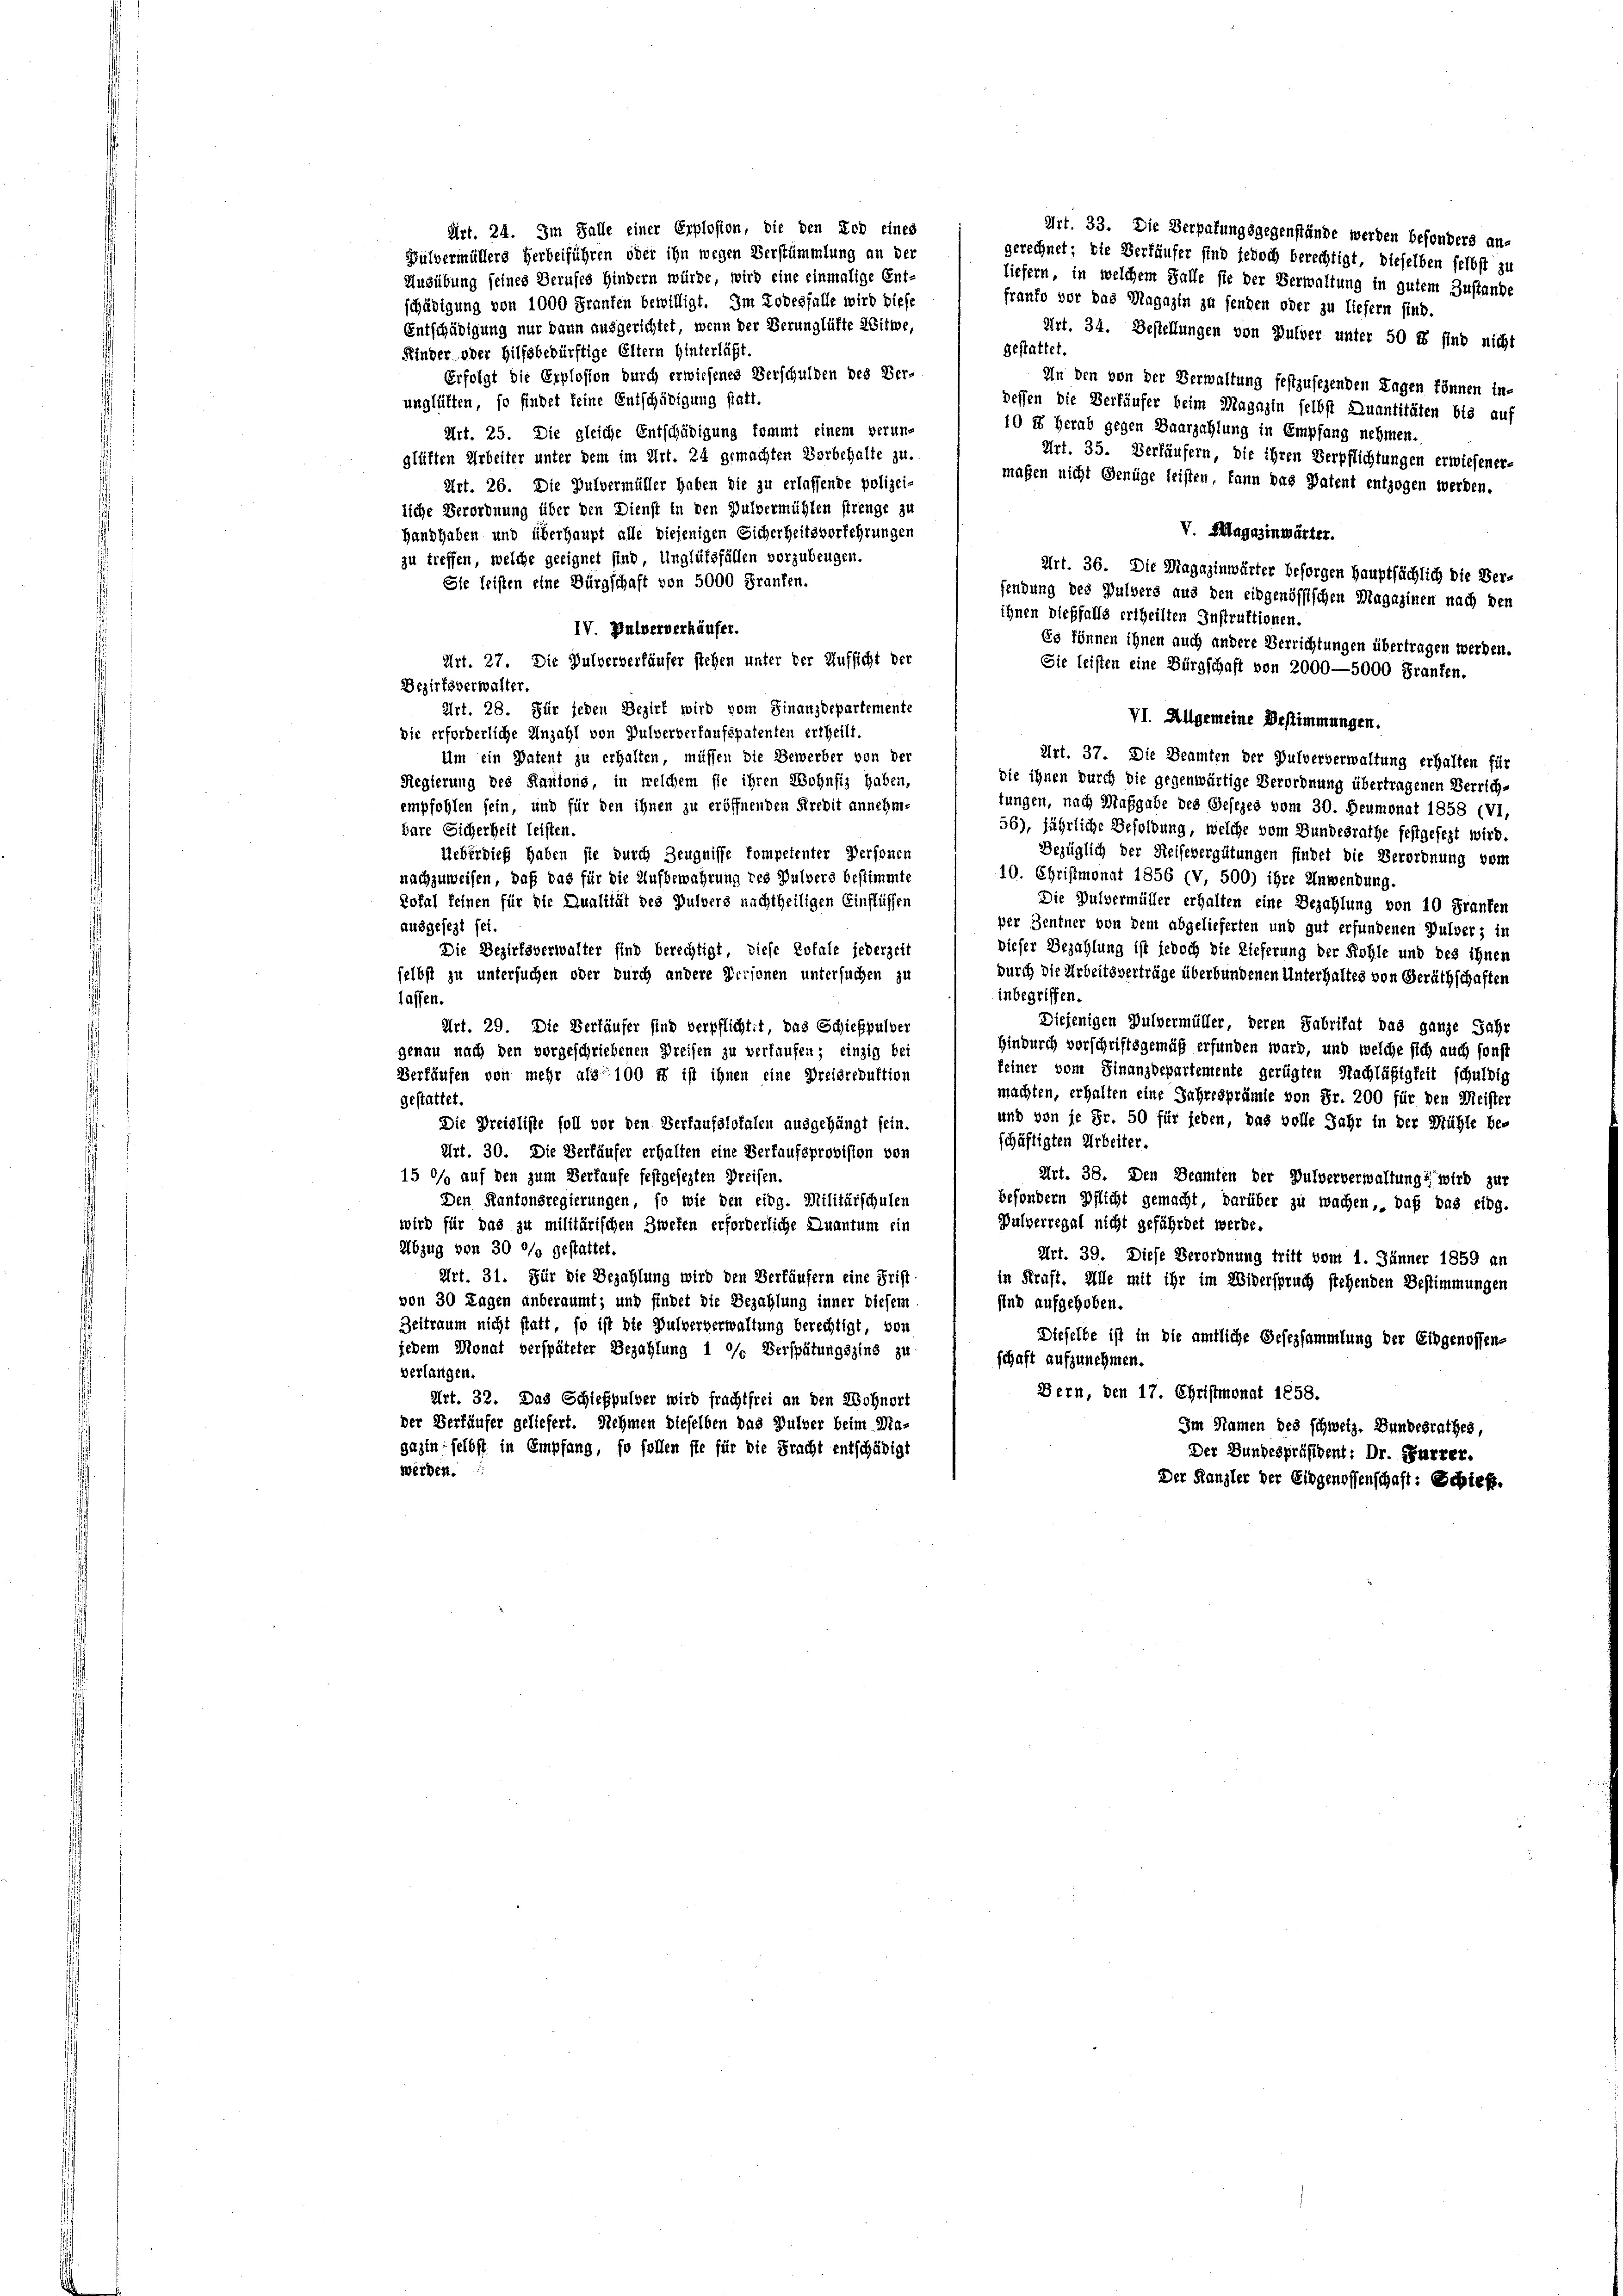
Art. 24. Im Falle einer Erplosion, die den Tod eines
Art. 33. Die Verpafungsgegenstände werden befonders an-
Pulvermüllers Herbeiführen oder ihn wegen Verstümmlung an der
gerechnet; die Verkäufer sind jedoch berechtigt, dieselben selbst zu
Ausübung seines Berufes hindern würde, wird eine einmalige Ent-
liefern, in welchem Falle sie der Verwaltung in gutem Zustande
franko vor das Magazin zu senden oder zu liefern sind.
schädigung von 1000 Franken bewilligt. Im Todesfalle wird diese
Entschädigung nur dann ausgerichtet, wenn der Berunglüfte Witwe,
Art. 34. Bestellungen von Pulver unter 50 rt sind nicht
gestattet.
Kinder oder Hilfsbedürftige Eltern hinterläßt.
Erfolgt die Erplosion durch erwiesenes Verschulden des Ver-
In den von der Verwaltung festzusehenden Lagen können in-
unglüften, so findet keine Entschädigung statt.
dessen die Verkäufer beim Magazin selbst Quantitäten bis auf
10 es herab gegen Baarzahlung in Empfang nehmen.
Art. 25. Die gleiche Entschädigung kommt einem verun¬
Art. 35. Verkäufern, die ihren Verpflichtungen erwiesener-
glüften Arbeiter unter dem im Art. 24 gemachten Vorbehalte zu.
maßen nicht Genüge leisten, kann das Patent entzogen werden.
Art. 26. Die Pulvermüller haben die zu erlassende polizei-
liche Verordnung über den Dienst in den Pulvermühlen strenge zu
V. Klagesinwärter.
Handhaben und überhaupt alle diejenigen Sicherheitsverfehrungen
zu treffen, welche geeignet sind, Unglüksfällen vorzubeugen.
Art. 36. Die Magazinwärter besorgen Hauptsächlich die Ver-
Sie leisten eine Bürgschaft von 5000 Franken.
fendung des Pulvers aus den eidgenössischen Magazinen nach den
ihnen dießfalls ertheilten Instruktionen.
IV. Pulververhäufer.
Es können ihnen auch andere Verrichtungen übertragen werden.
Art. 27. Die Hulververkäufer stehen unter der Aufsicht der
Sie leisten eine Bürgschaft von 2000—5000 Franken.
Bezirksverwalter.
Art. 28. Für jeden Bezirk wird vom Finanzdepartemente
VI. Allgemeine Bestimmungen.
die erforderliche Anzahl von Pulververkaufspatenten ertheilt.
Um ein Patent zu erhalten, müssen die Bewerber von der
Art. 37. Die Beamten der Pulververwaltung erhalten für
Regierung des Kantons, in welchem sie ihren Wohnsiz haben,
die ihnen durch die gegenwärtige Verordnung übertragenen Verrich-
tungen, nach Maßgabe des Gesezes vom 30. Heumonat 1858 (VI,
empfohlen sein, und für den ihnen zu eröffnenden Kredit annehm-
56), jährliche Besoldung, welche vom Bundesrathe festgesezt wird.
bare Sicherheit leisten.
Ueberdieß haben sie durch Zeugnisse kompetenter Personen
Bezüglich der Reisevergütungen findet die Verordnung vom
10. Christmonat 1856 (V, 500) ihre Anwendung.
nachzuweisen, daß das für die Aufbewahrung des Pulvers bestimmte
Rofal keinen für die Qualität des Pulvers nachtheiligen Einflüssen
Die Pulvermüller erhalten eine Bezahlung von 10 Franken
per Zentner von dem abgelieferten und gut erfundenen Pulver, in
ausgesezt sei.
Die Bezirksverwalter sind berechtigt, diese Rotale jederzeit
dieser Bezahlung ist jedoch die Lieferung der Kohle und des ihnen
durch die Arbeitsverträge überbundenen Unterhaltes von Geräthschaften
selbst zu untersuchen oder durch andere Personen untersuchen zu
inbegriffen.
lassen.
Diejenigen Pulvermüller, deren Fabritat das ganze Jahr
Art. 29. Die Verläufer sind verpflichtet, das Schießpulver
hindurch vorschriftsgemäß erfunden ward, und welche sich auch sonst
genau nach den vorgeschriebenen Preisen zu verfaufen; einzig bei
keiner vom Finanzdepartemente gerügten Nachläßigkeit schuldig
Verkäufen von mehr als 100 rt ist ihnen eine Preisreduktion
machten, erhalten eine Jahresprämie von Fr. 200 für den Meister
gestattet.
und von je Fr. 50 für jeden, das volle Jahr in der Mühle be-
Die Dreisliste soll vor den Verkaufslokalen ausgehängt sein.
schäftigten Arbeiter.
Art. 30. Die Verläufer erhalten eine Verkaufsprovision von
Art. 38. Den Beamten der Pulververwaltung“ wird zur
15 °/o auf den zum Verkaufe festgesezten Preisen.
Den Kantonsregierungen, so wie den eidg. Militärschulen
besondern Pflicht gemacht, darüber zu wachen, daß bas eing.
Bulverregal nicht gefährdet werde.
wird für das zu militärischen Zwefen erforderliche Quantum ein
Abzug von 30 °/o gestattet.
Art. 39. Diese Verordnung tritt vom 1. Jänner 1859 an
Art. 31. Für die Bezahlung wird den Verkäufern eine Frist
in Kraft. Alle mit ihr im Widerspruch stehenden Bestimmungen
von 30 Tagen anberaumt; und findet die Bezahlung inner diesem
sind aufgehoben.
Beitraum nicht statt, so ist die Pulververwaltung berechtigt, von
Dieselbe ist in die amtliche Gesezsammlung der Eidgenossen-
jedem Monat verspäteter Bezahlung 1 °/o Verspätungszins zu
schaft aufzunehmen.
verlangen.
Bern, den 17. Christmonat 1858.
Art. 32. Das Schießpulver wird frachtfrei an den Wohnort
der Verkäufer geliefert. Nehmen dieselben das Pulver beim Ma¬
Im Namen des schweiz. Bundesrathes,
gaztn selbst in Empfang, so sollen sie für die Fracht entschädigt
Der Bundespräsident: Dr. Furrer.
werden.
Der Kanzler der Eidgenossenschaft: Schieß.